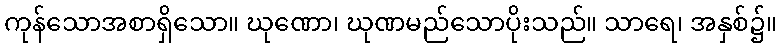
ကုန်သောအစာရှိသော။ ဃုဏော၊ ဃုဏမည်သောပိုးသည်။ သာရေ၊ အနှစ်၌။